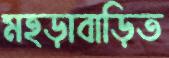
মহড়াবাড়িত